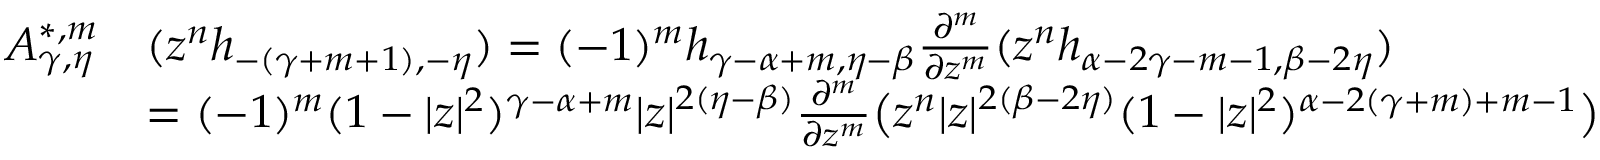
\begin{array} { r l } { A _ { \gamma , \eta } ^ { * , m } } & { ( z ^ { n } h _ { - ( \gamma + m + 1 ) , - \eta } ) = ( - 1 ) ^ { m } h _ { \gamma - \alpha + m , \eta - \beta } \frac { \partial ^ { m } } { \partial z ^ { m } } ( z ^ { n } h _ { \alpha - 2 \gamma - m - 1 , \beta - 2 \eta } ) } \\ & { = ( - 1 ) ^ { m } ( 1 - | z | ^ { 2 } ) ^ { \gamma - \alpha + m } | z | ^ { 2 ( \eta - \beta ) } \frac { \partial ^ { m } } { \partial z ^ { m } } \big ( z ^ { n } | z | ^ { 2 ( \beta - 2 \eta ) } ( 1 - | z | ^ { 2 } ) ^ { \alpha - 2 ( \gamma + m ) + m - 1 } \big ) } \end{array}